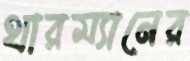
থারম্যানের